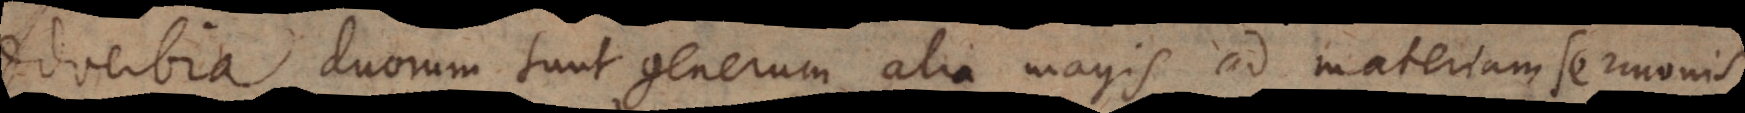
dverbia duorum sunt generum, alia magis ad materiam sermonis